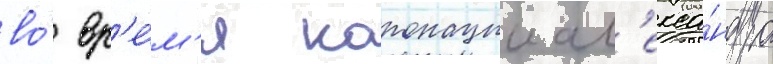
во́ вр'е́м'я коронации ал'екса́ндра